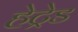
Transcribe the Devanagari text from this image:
हेट्रेड